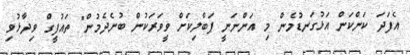
އެފަދަ ކަންކަން އަޅުގަނޑުމެން މި އަންނަނީ ޕަބްލިކަށް ވީވަރަކުން ބުނެދެމުން" ތައުފީގް ވިދާޅުވި